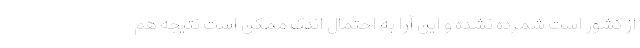
از کشور است شمرده نشده و این آرا به احتمال اندک ممکن است نتیجه هم